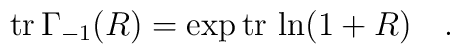
{\rm tr}\,\Gamma_{-1}(R)=\exp{\rm tr}\,\ln(1+R)\quad.